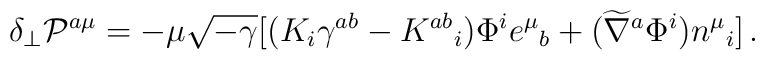
\delta_\perp {\cal P}^{a\mu} = - \mu \sqrt{-\gamma} [ ( K_i \gamma^{ab} - K^{ab}{}_i ) \Phi^i e^\mu{}_b + ( \widetilde\nabla^a \Phi^i ) n^\mu{}_i ]\,.